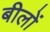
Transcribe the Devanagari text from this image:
बीलों